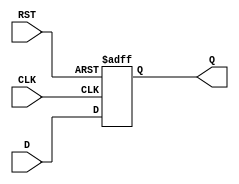
module FlipFlopRegister #(
    parameter WIDTH = 8 // Parameter to set the width of the register
) (
    input wire [WIDTH-1:0] D,   // Data input
    input wire CLK,              // Clock input
    input wire RST,              // Asynchronous reset
    output reg [WIDTH-1:0] Q     // Data output
);

    always @(posedge CLK or posedge RST) begin
        if (RST) begin
            Q <= {WIDTH{1'b0}}; // Asynchronous reset: set output to 0
        end else begin
            Q <= D; // Capture data on the rising edge of the clock
        end
    end

endmodule